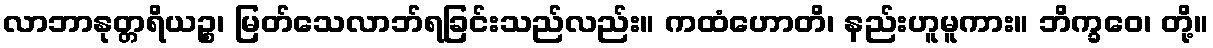
လာဘာနုတ္တရိယဉ္စ၊ မြတ်သေလာဘ်ရခြင်းသည်လည်း။ ကထံဟောတိ၊ နည်းဟူမူကား။ ဘိက္ခဝေ၊ တို့။